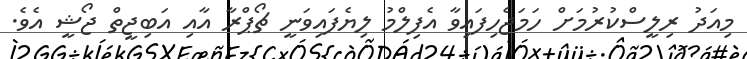
މިއަދު ރިލީސްކުރުމަށް ހަމަޖެހިފައިވާ އެފިލްމު ލިޔެފައިވަނީ ޗޯޕްރާ އާއި އަބިޖީތް ޖޯޝީ އެވެ.